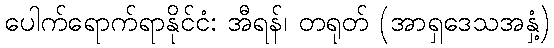
ပေါက်ရောက်ရာနိုင်ငံ: အီရန်၊ တရုတ် (အာရှဒေသအနှံ့)